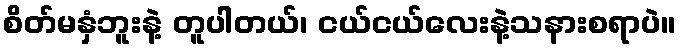
စိတ်မနှံဘူးနဲ့ တူပါတယ်၊ ငယ်ငယ်လေးနဲ့သနားစရာပဲ။